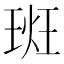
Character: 𪻮